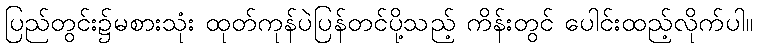
ပြည်တွင်း၌မစားသုံး ထုတ်ကုန်ပဲပြန်တင်ပို့သည့် ကိန်းတွင် ပေါင်းထည့်လိုက်ပါ။